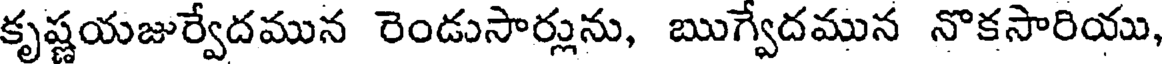
కృష్ణయజుర్వేదమున రెండుసార్లును, ఋగ్వేదమున నొకసారియు,